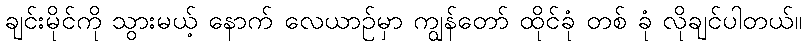
ချင်းမိုင်ကို သွားမယ့် နောက် လေယာဉ်မှာ ကျွန်တော် ထိုင်ခုံ တစ် ခုံ လိုချင်ပါတယ်။